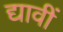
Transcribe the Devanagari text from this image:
द्यावीं